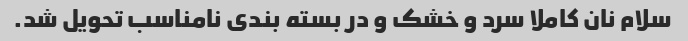
سلام نان کاملا سرد و خشک و در بسته بندی نامناسب تحویل شد.